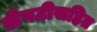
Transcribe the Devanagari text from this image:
शेपटीसहित